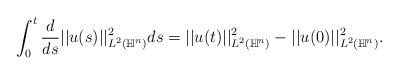
LaTeX: \begin{align*}\int_{0}^t \frac{d}{ds} || u (s)||_{L^2(\mathbb{H}^n)}^2 ds = || u(t)||_{L^2(\mathbb{H}^n)}^2 - || u(0)||_{L^2(\mathbb{H}^n)}^2.\end{align*}